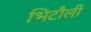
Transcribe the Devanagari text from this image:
भिटौली